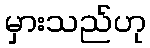
မှားသည်ဟု